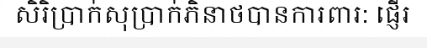
សិរិប្រាក់សុប្រាក់ភិនាថបានការពារ: ផ្ញើរ